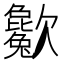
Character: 𣤱